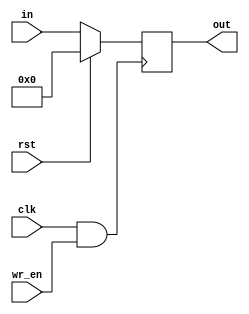
module register_bank #(
parameter WIDTH = 8
 ) (

	input  clk,
	input  rst,
	input  wr_en,
	input [WIDTH-1:0] in,
	output reg [WIDTH-1:0] out
);
always @(posedge clk && wr_en)
	  
       
	 if(rst)
         out <= 8'b0000_0000;
 	 else
		out <= in;	 
endmodule